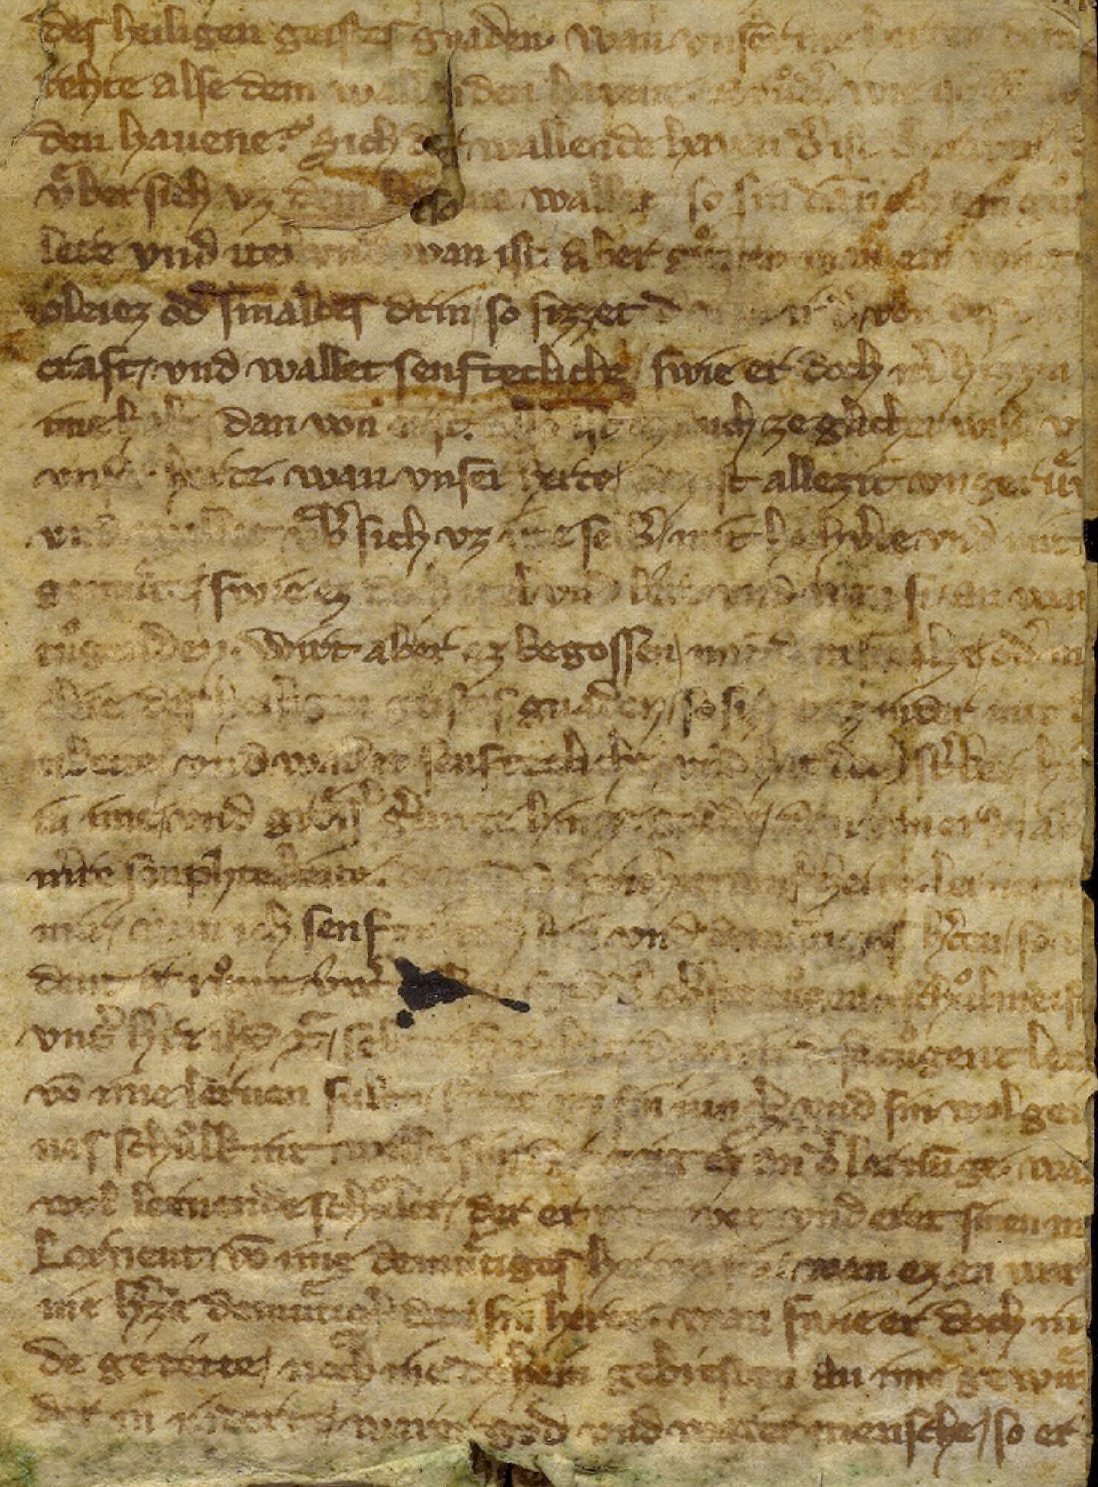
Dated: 1325–1349